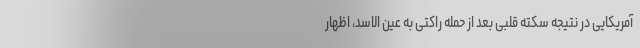
آمریکایی در نتیجه سکته قلبی بعد از حمله راکتی به عین الاسد، اظهار